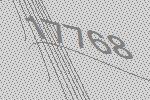
17768